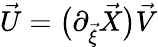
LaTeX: \vec{U}=\big(\partial_{\vec{\xi}}\vec{X}\big)\vec{V}